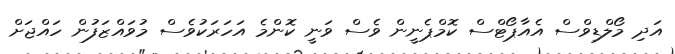
އަދި މޯލްޑިވްސް އެއާޕޯޓްސް ކޮމްޕެނީން ވެސް ވަނީ ކޮންމެ އަހަރަކުވެސް މުވައްޒަފުން ހައްޖަށް